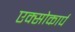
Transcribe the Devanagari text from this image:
एक्सोकार्प